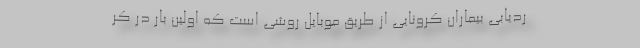
ردیابی بیماران کرونایی از طریق موبایل روشی است که اولین بار در کر